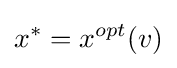
x^{*}=x^{opt}(v)